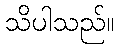
သိပါသည်။